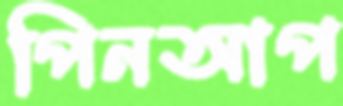
পিনআপ